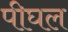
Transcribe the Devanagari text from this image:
पीघल